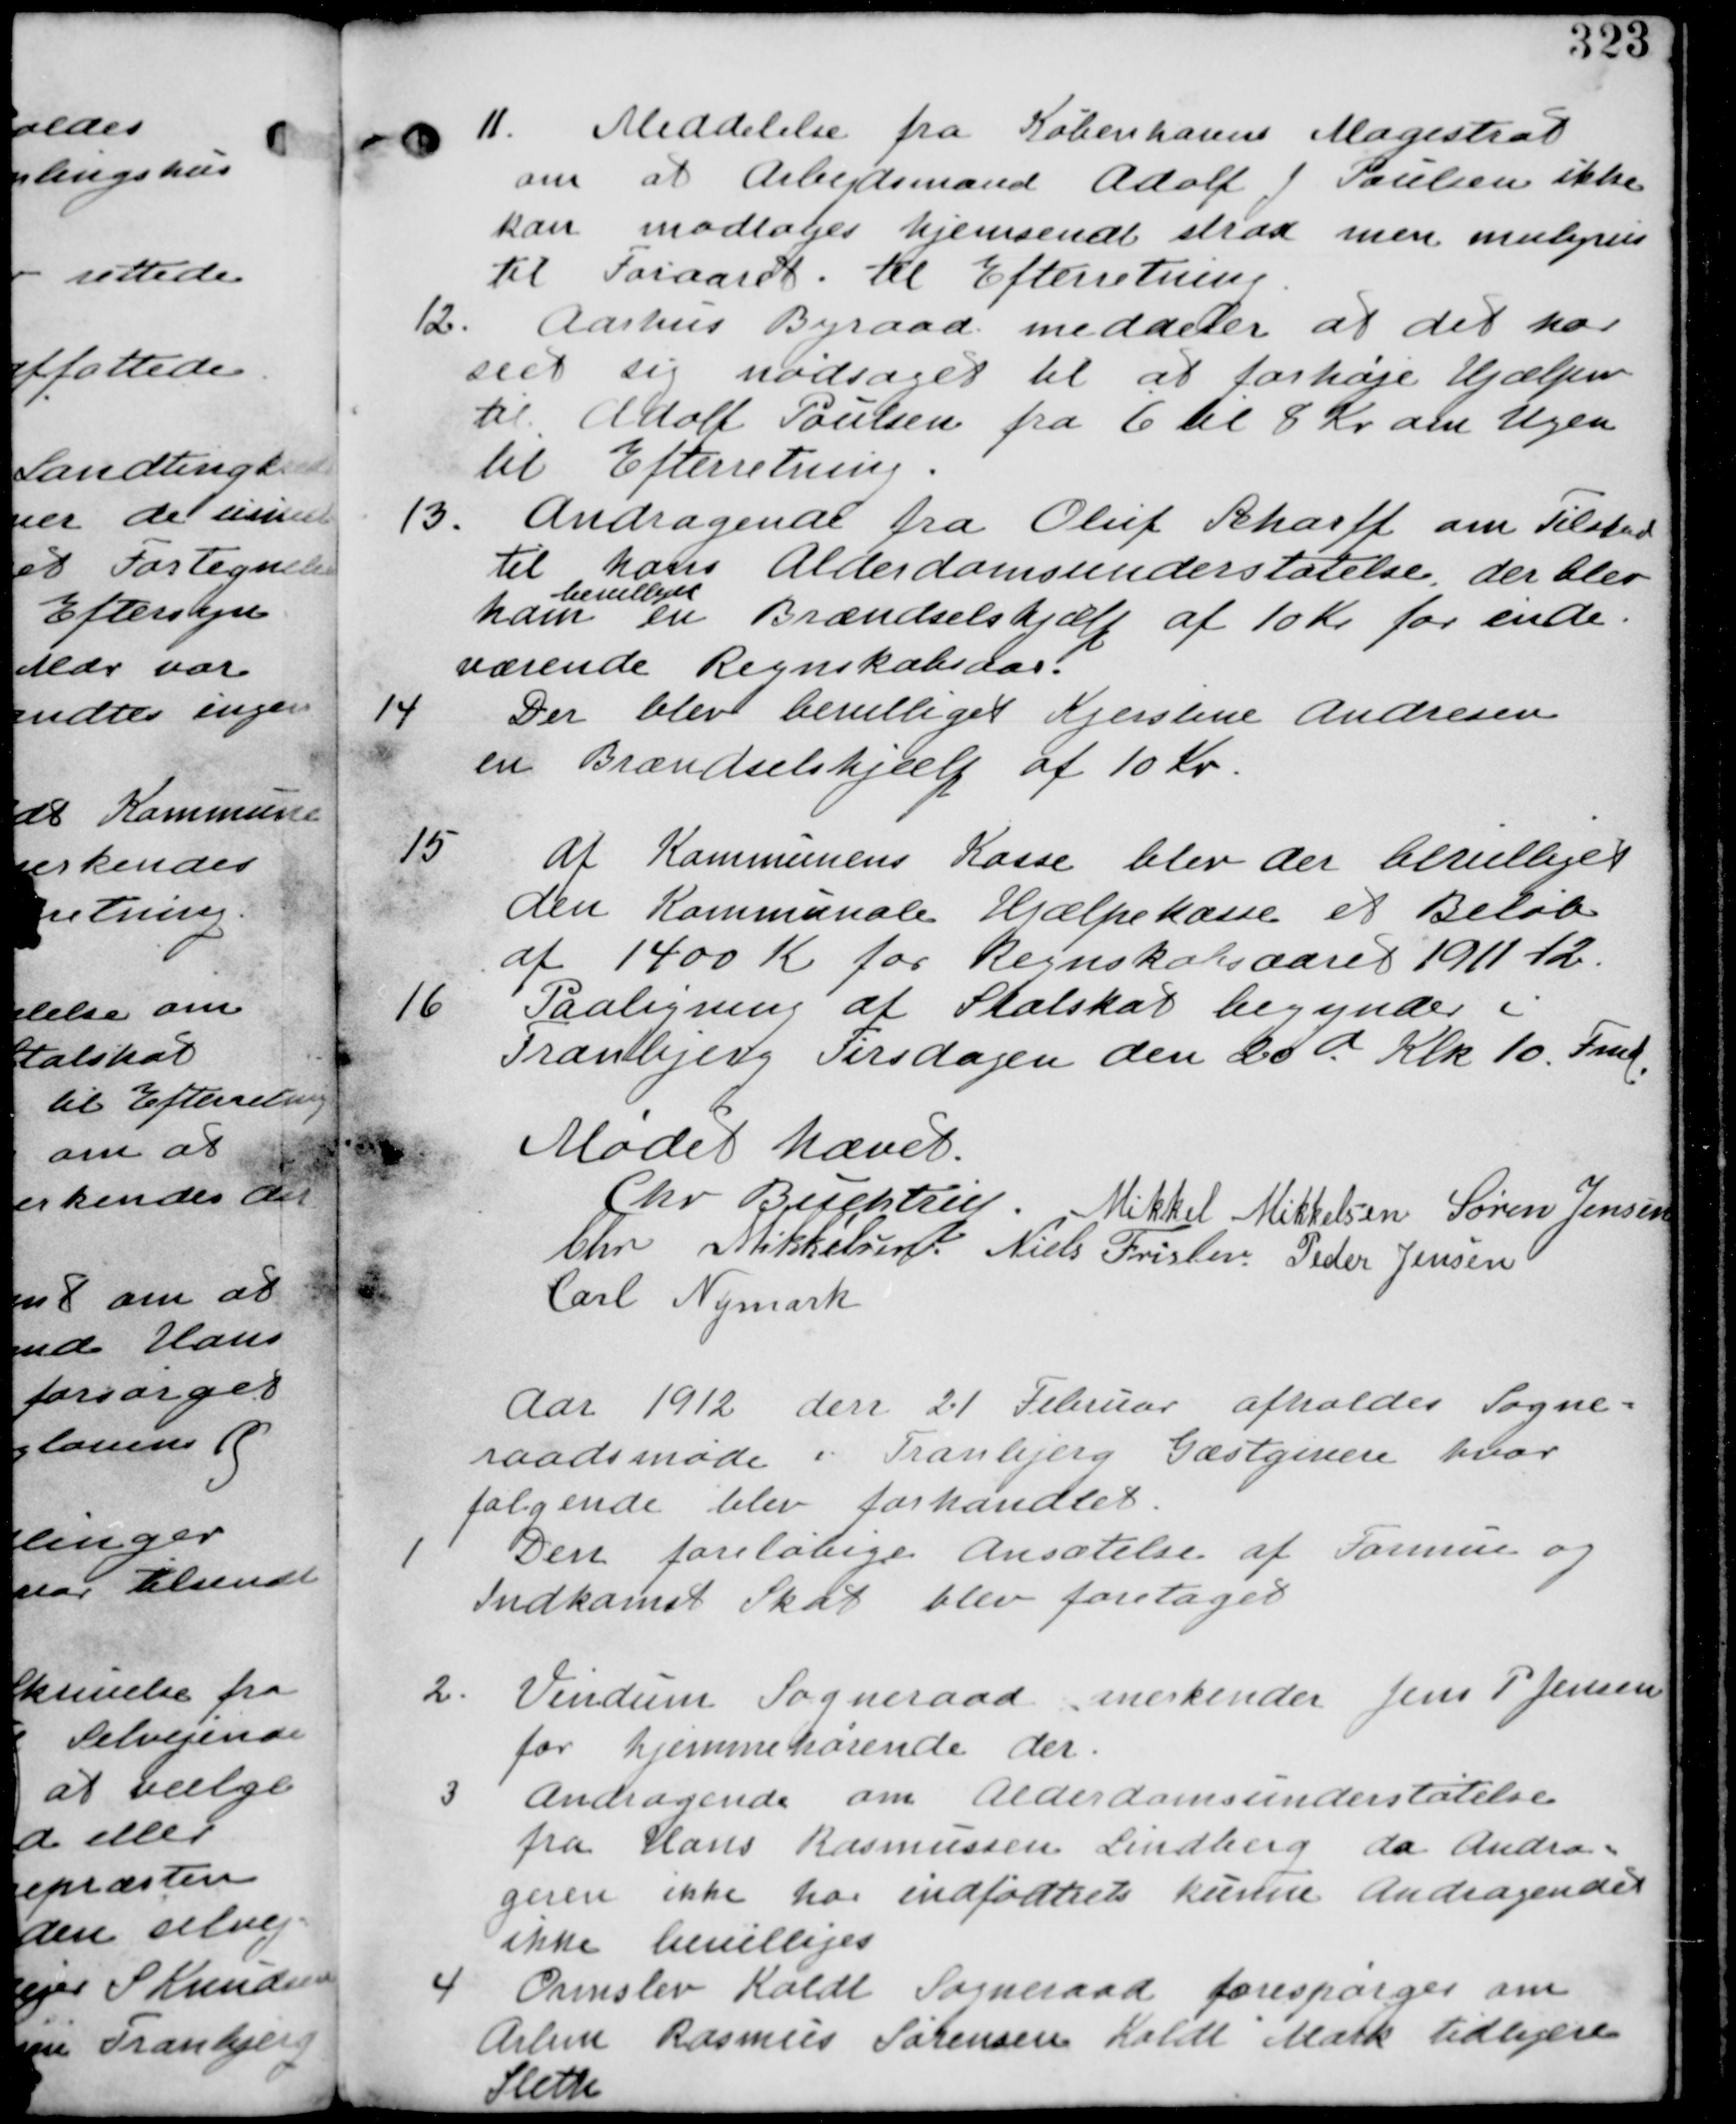
Transskription:
11. Meddelelse fra Københavns Magistrat
om at Arbejdsmand Adolf J. Poulsen ikke
kan modtages hjemsendt straks men muligvis
til Foraaret. til Efterretning.

12. Aarhus Byraad meddeler at det har
seet sig nødsaget til at forhøje Hjælpen
til Adolf Poulsen fra 6 til 8 Kr. om Ugen
til Efterretning.

13. Andragende fra Oluf Scharff om Tilskud
til hans Alderdomsunderstøttelse. der blev
bevilliget

værende Regnskabsaar.

14.
Der blev bevilliget Kjerstine Andresen
en Brændehjælp af 10 Kr.

15.
Af Kommunens Kasse blev der bevilliget
den Kommunale Hjælpekasse et Beløb
af 1400 Kr for Regnskabsaaret 1911-12.

16.
Paaligning af Statsskat begynder i
Tranbjerg Tirsdagen den 20d Klk 10 Fmd.

Mødet hævet

Chr. Buchtrup. Mikkel Mikkelsen Søren Jensen

Chr. Mikkelsen. Niels Frislev. Peder Jensen

Carl Nymark

Aar 1912 den 21 Februar afholdes Sogne-
raadsmøde i Tranbjerg Gæstgiveri hvor
følgende blev forhandlet.

1.
Den foreløbige Ansættelse af Formue- og
Indkomst Skat blev Foretaget.

2.
Vindum Sogneraad anerkender Jens P. Jensen
for hjemmehørende der.

3.
Andragende om Alderdomsunderstøttelse
fra Hans Rasmussen Lindberg da Andra-
geren ikke har indfødtrets kunne Andragendet
ikke bevilliges.

4. Ormslev Koldt Sogneraad forespørger om
Arlene Rasmus Sørensen Koldt Mark tidligere
Slette